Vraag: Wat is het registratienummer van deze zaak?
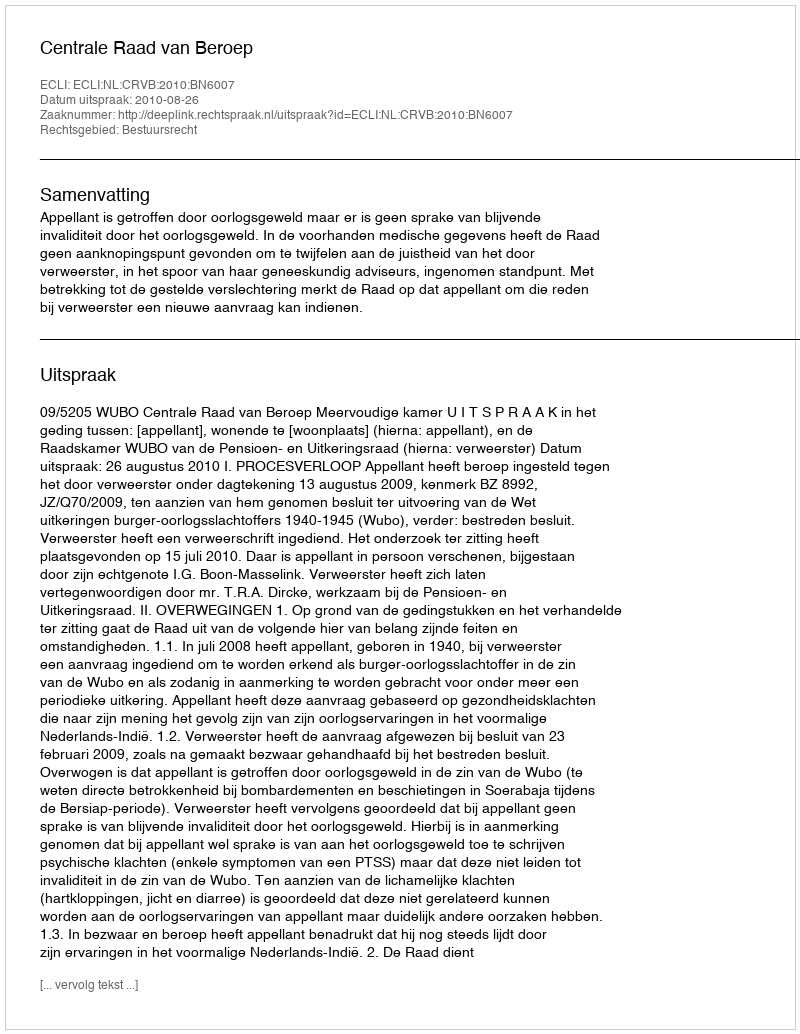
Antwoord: http://deeplink.rechtspraak.nl/uitspraak?id=ECLI:NL:CRVB:2010:BN6007